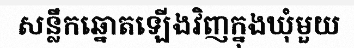
សន្លឹកឆ្នោតឡើងវិញក្នុងឃុំមួយ